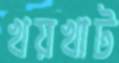
খয়খাট